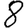
Digit: 8